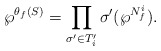
\begin{align*}\wp^{\theta_f(S)}=\prod_{\sigma' \in T_i'} \sigma'(\wp^{N_f^i}).\end{align*}